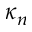
\kappa _ { n }